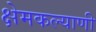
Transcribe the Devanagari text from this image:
क्षेमकल्याणी